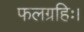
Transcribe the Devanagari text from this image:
फलग्रहिः।